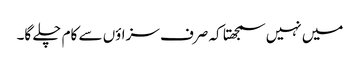
میں نہیں سمجھتا کہ صرف سزاؤں سے کام چلے گا۔